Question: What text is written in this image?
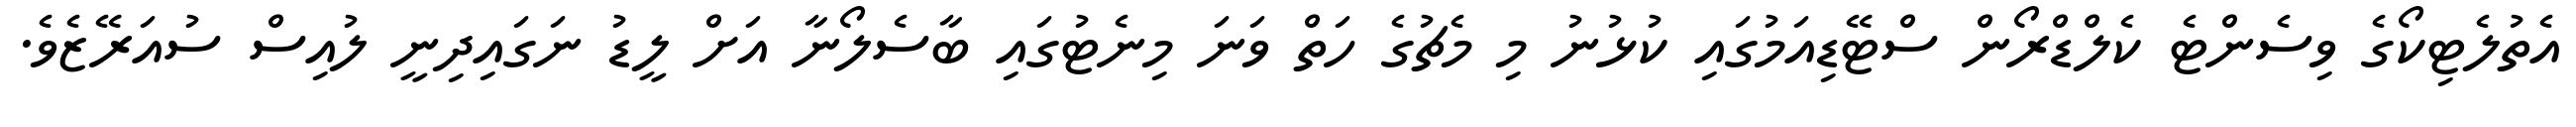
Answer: އެތުލެޓިކޯގެ ވިސެންޓެ ކެލްޑްރޯން ސްޓޭޑިއަމުގައި ކުޅުނު މި މެޗުގެ ހަތް ވަނަ މިނެޓުގައި ބާސެލޯނާ އަށް ލީޑު ނަގައިދިނީ ލުއިސް ސުއަރޭޒެވެ.